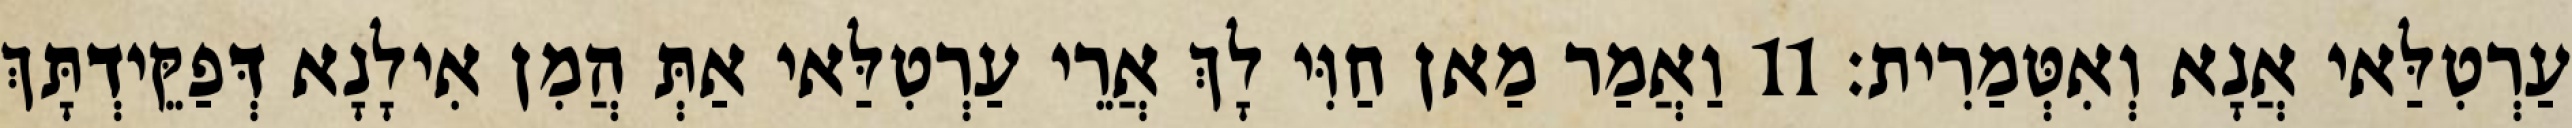
עַרְטִלַּאי אֲנָא וְאִטְּמַרִית׃ 11 וַאֲמַר מַאן חַוִּי לָךְ אֲרֵי עַרְטִלַּאי אַתְּ הֲמִן אִילָנָא דְּפַקֵּידְתָּךְ